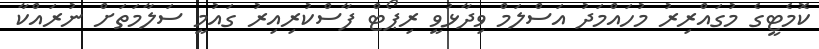
ކޮމެޓީގެ މުގައްރިރު މުހައްމަދު އަސްލަމް ވިދާޅުވީ ރިޕޯޓް ފާސްކުރިއިރު ގައުމީ ސަލާމަތަށް ނުރައްކާ